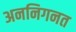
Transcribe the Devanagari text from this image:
अननिगनत